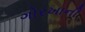
ગોરખાની